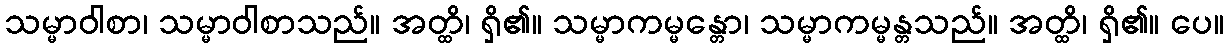
သမ္မာဝါစာ၊ သမ္မာဝါစာသည်။ အတ္ထိ၊ ရှိ၏။ သမ္မာကမ္မန္တော၊ သမ္မာကမ္မန္တသည်။ အတ္ထိ၊ ရှိ၏။ ပေ။